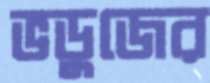
ভডুজের